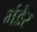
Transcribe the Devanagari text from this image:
भंडेर